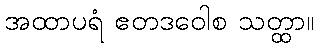
အထာပရံ ဧတဒဝေါစ သတ္ထာ။